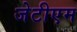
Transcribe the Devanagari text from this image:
जेटीएम